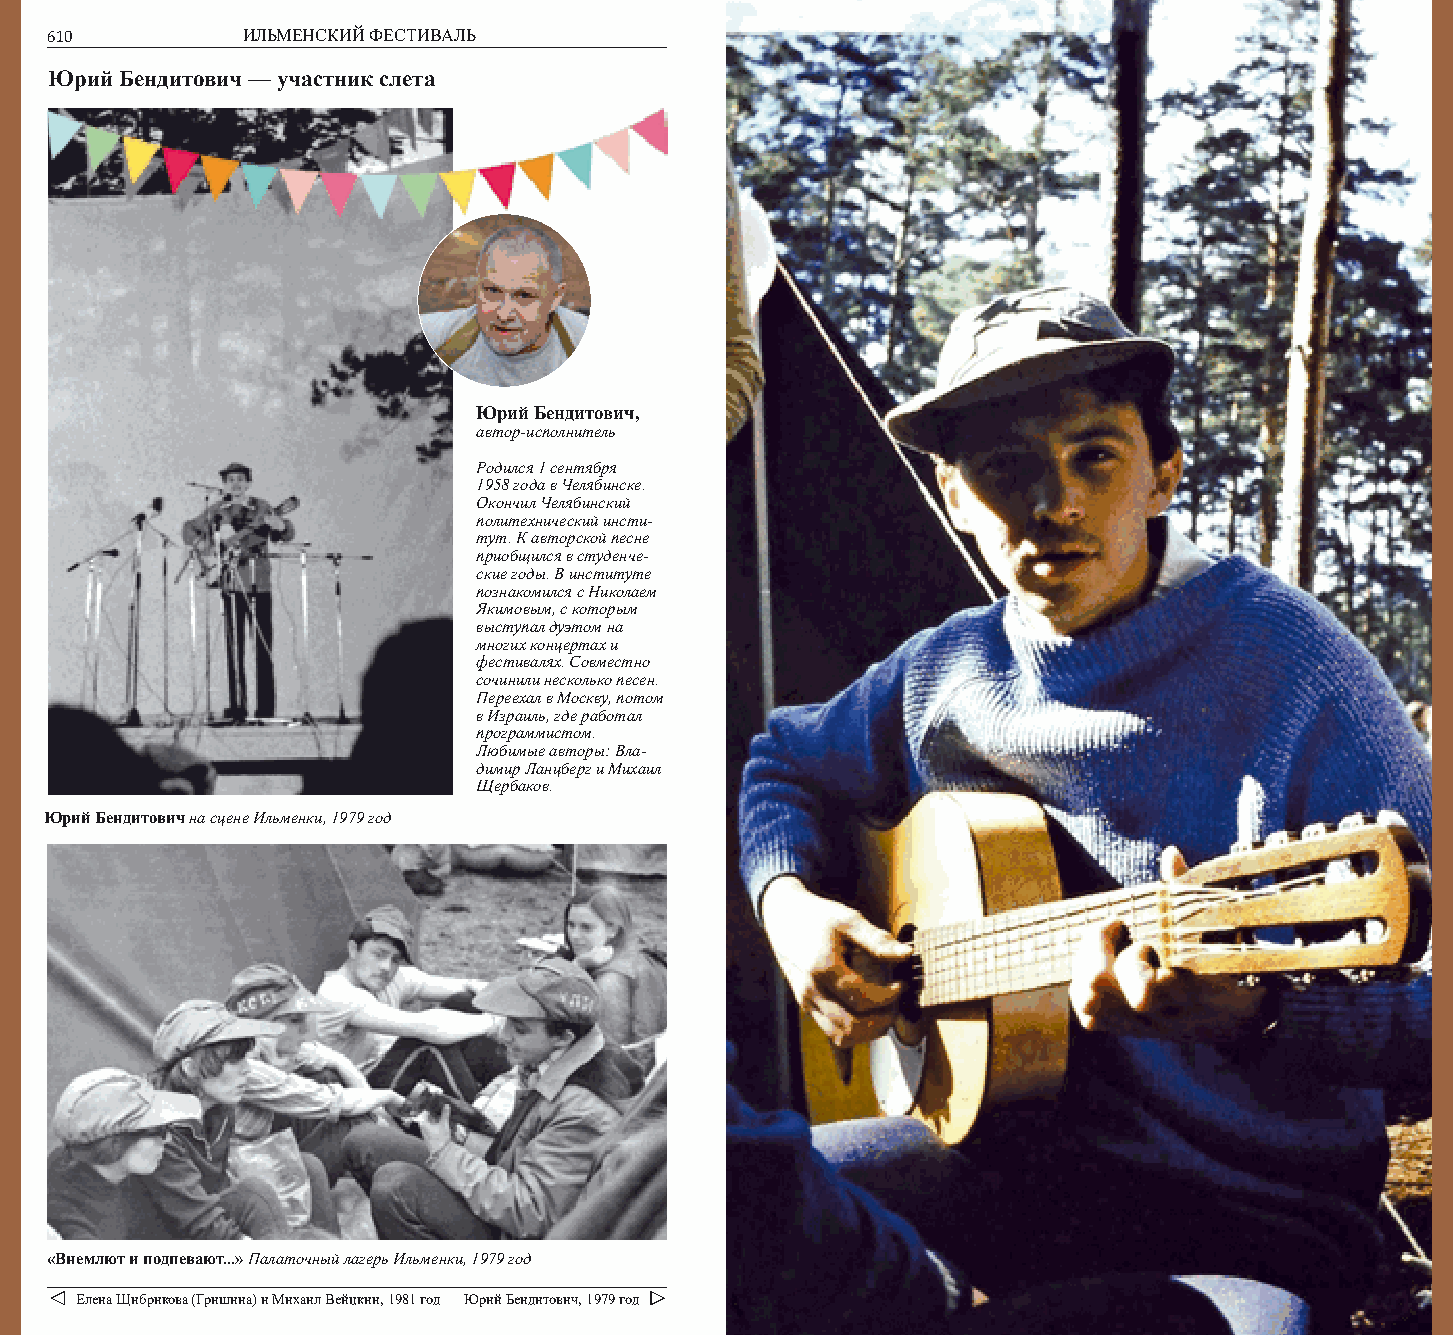
610          ИЛЬМЕНСКИЙ ФЕСТИВАЛЬ                                                       611
 Юрий Бендитович — участник слета
 Юрий Бендитович,
 автор-исполнитель
 Родился 1 сентября
 1958 года в Челябинске.
 Окончил Челябинский
 политехнический инсти-
 тут. К авторской песне
 приобщился в студенче-
 ские годы. В институте
 познакомился с Николаем
 Якимовым, с которым
 выступал дуэтом на
 многих концертах и
 фестивалях. Совместно
 сочинили несколько песен.
 Переехал в Москву, потом
 в Израиль, где работал
 программистом.
 Любимые авторы: Вла-
 димир Ланцберг и Михаил
 Щербаков.
 Юрий Бендитович на сцене Ильменки, 1979 год
 «Внемлют и подпевают...» Палаточный лагерь Ильменки, 1979 год
 Елена Щибрикова (Гришина) и Михаил Вейцкин, 1981 год Юрий Бендитович, 1979 год